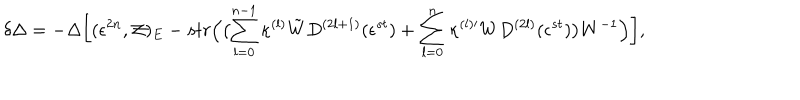
\delta \Delta = - \Delta \biggl [ ( \epsilon ^ { 2 n } , { \cal Z } ) _ { E } - s t r \Bigl ( \bigl ( \sum _ { l = 0 } ^ { n - 1 } \kappa ^ { ( l ) } \tilde { W } D ^ { ( 2 l + 1 ) } ( \epsilon ^ { s t } ) + \sum _ { l = 0 } ^ { n } \kappa ^ { ( l ) \prime } W D ^ { ( 2 l ) } ( \epsilon ^ { s t } ) \bigr ) W ^ { - 1 } \Bigr ) \biggr ] ,